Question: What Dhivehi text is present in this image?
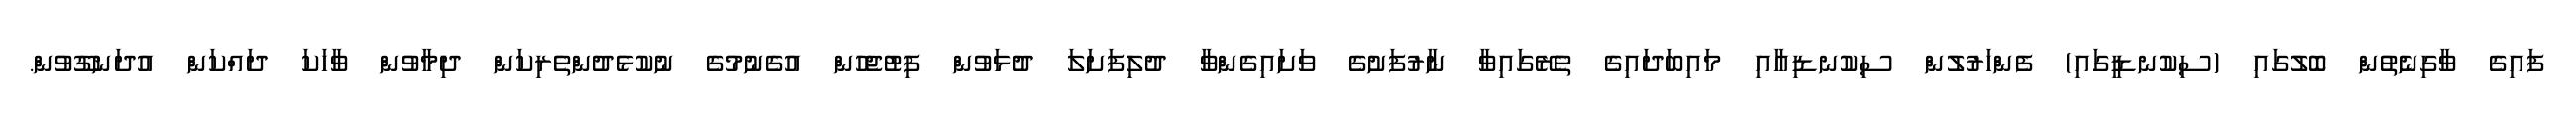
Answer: ފައިގެ ވާގިނެތުން ބޮލުގައި (ސިކުނޑީގައި) ފެންހަރުލުން ސިކުނޑިއާއި މައިބަދައިގެ ތެރޭގައިވާ ނާރުފަށުގެ ވަށައިގެންވާ ދުލިފަށަލަ ދުޅަވުން ފިޓުޖެހުން އުގެނުމުގެ ނުކުޅެދުންތެރިކަން ދިމާވުން ވާހަކަ ދައްކަން އުދަނގޫވުން.